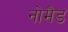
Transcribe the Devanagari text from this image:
नोमैड